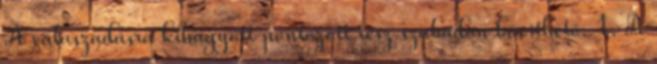
A válaszadásra kihagyott pontozott rész szabadon bővíthető. 1. A